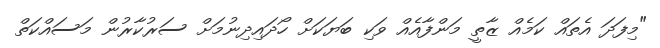
"މިފަދަ އެތައް ކަމެއް ޒާތީ މަންފާއެއް ވަކި ބަޔަކަށް ހޯދައިދިނުމަށް ސަރުކާރުން މަސައްކަތް